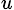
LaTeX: _{u}